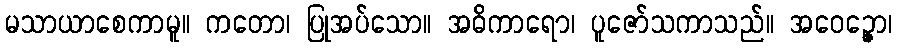
မသာယာစေကာမူ။ ကတော၊ ပြုအပ်သော။ အဓိကာရော၊ ပူဇော်သကာသည်။ အဝေဉ္ဇော၊